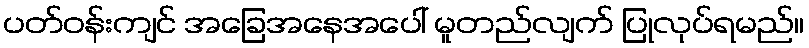
ပတ်ဝန်းကျင် အခြေအနေအပေါ် မူတည်လျက် ပြုလုပ်ရမည်။